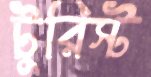
টুরিস্ট